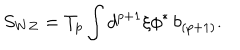
S _ { W Z } = T _ { p } \int d ^ { p + 1 } \xi \phi ^ { * } \, b _ { ( p + 1 ) } .